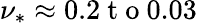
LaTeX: \nu_{*}\approx 0.2\mathrm{~t~o~}0.03